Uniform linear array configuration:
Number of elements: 32
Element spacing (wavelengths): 0.25
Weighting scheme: uniform
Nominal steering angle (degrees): -60
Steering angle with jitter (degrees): -58.825
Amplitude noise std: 0.05
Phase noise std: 0.05

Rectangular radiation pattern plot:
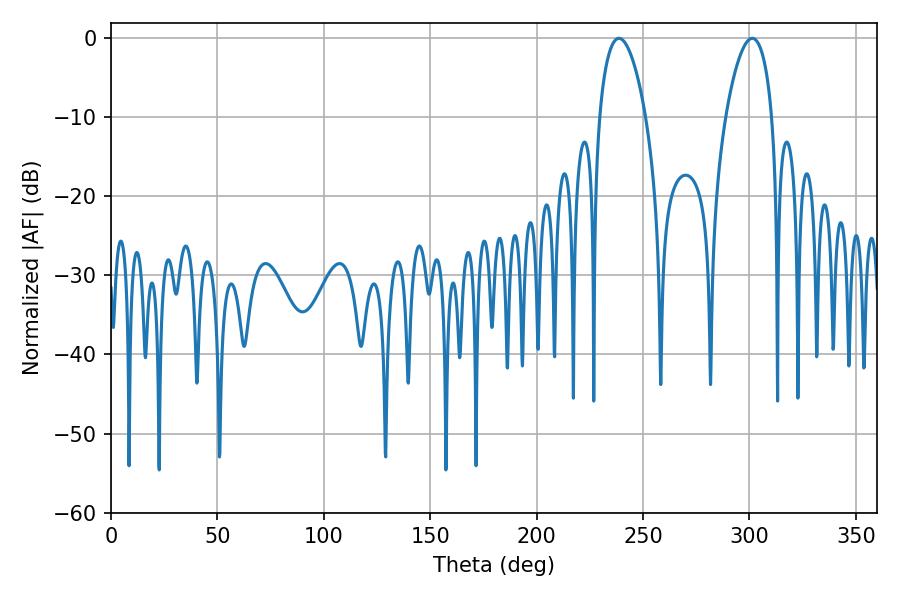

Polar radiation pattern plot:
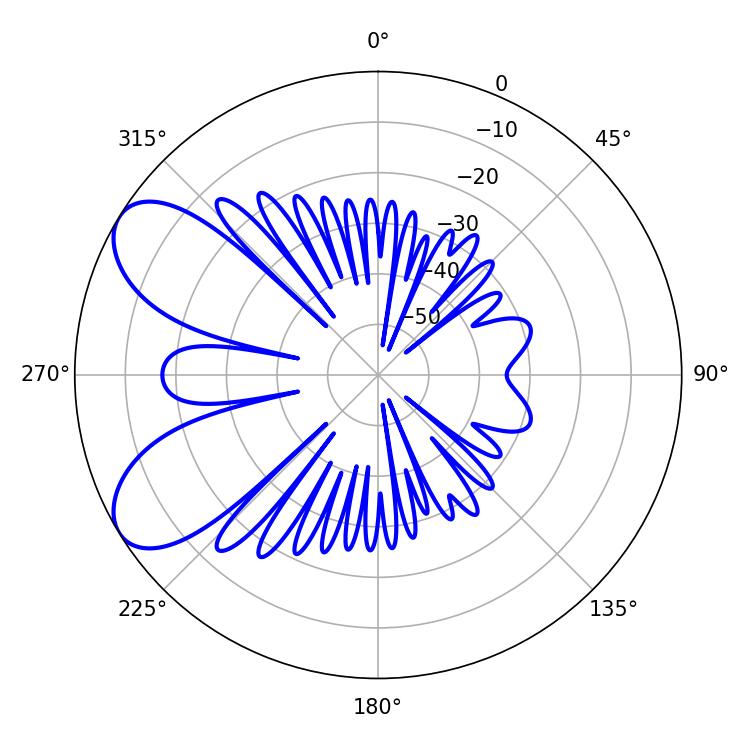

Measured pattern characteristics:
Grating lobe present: FALSE
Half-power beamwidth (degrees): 12.24
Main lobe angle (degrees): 238.68